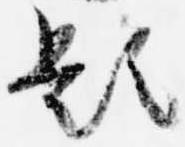
題